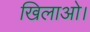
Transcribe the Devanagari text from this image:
खिलाओ।